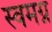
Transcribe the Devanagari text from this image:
स्वमग्न